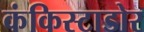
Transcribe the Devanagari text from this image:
कंकिस्टाडोर